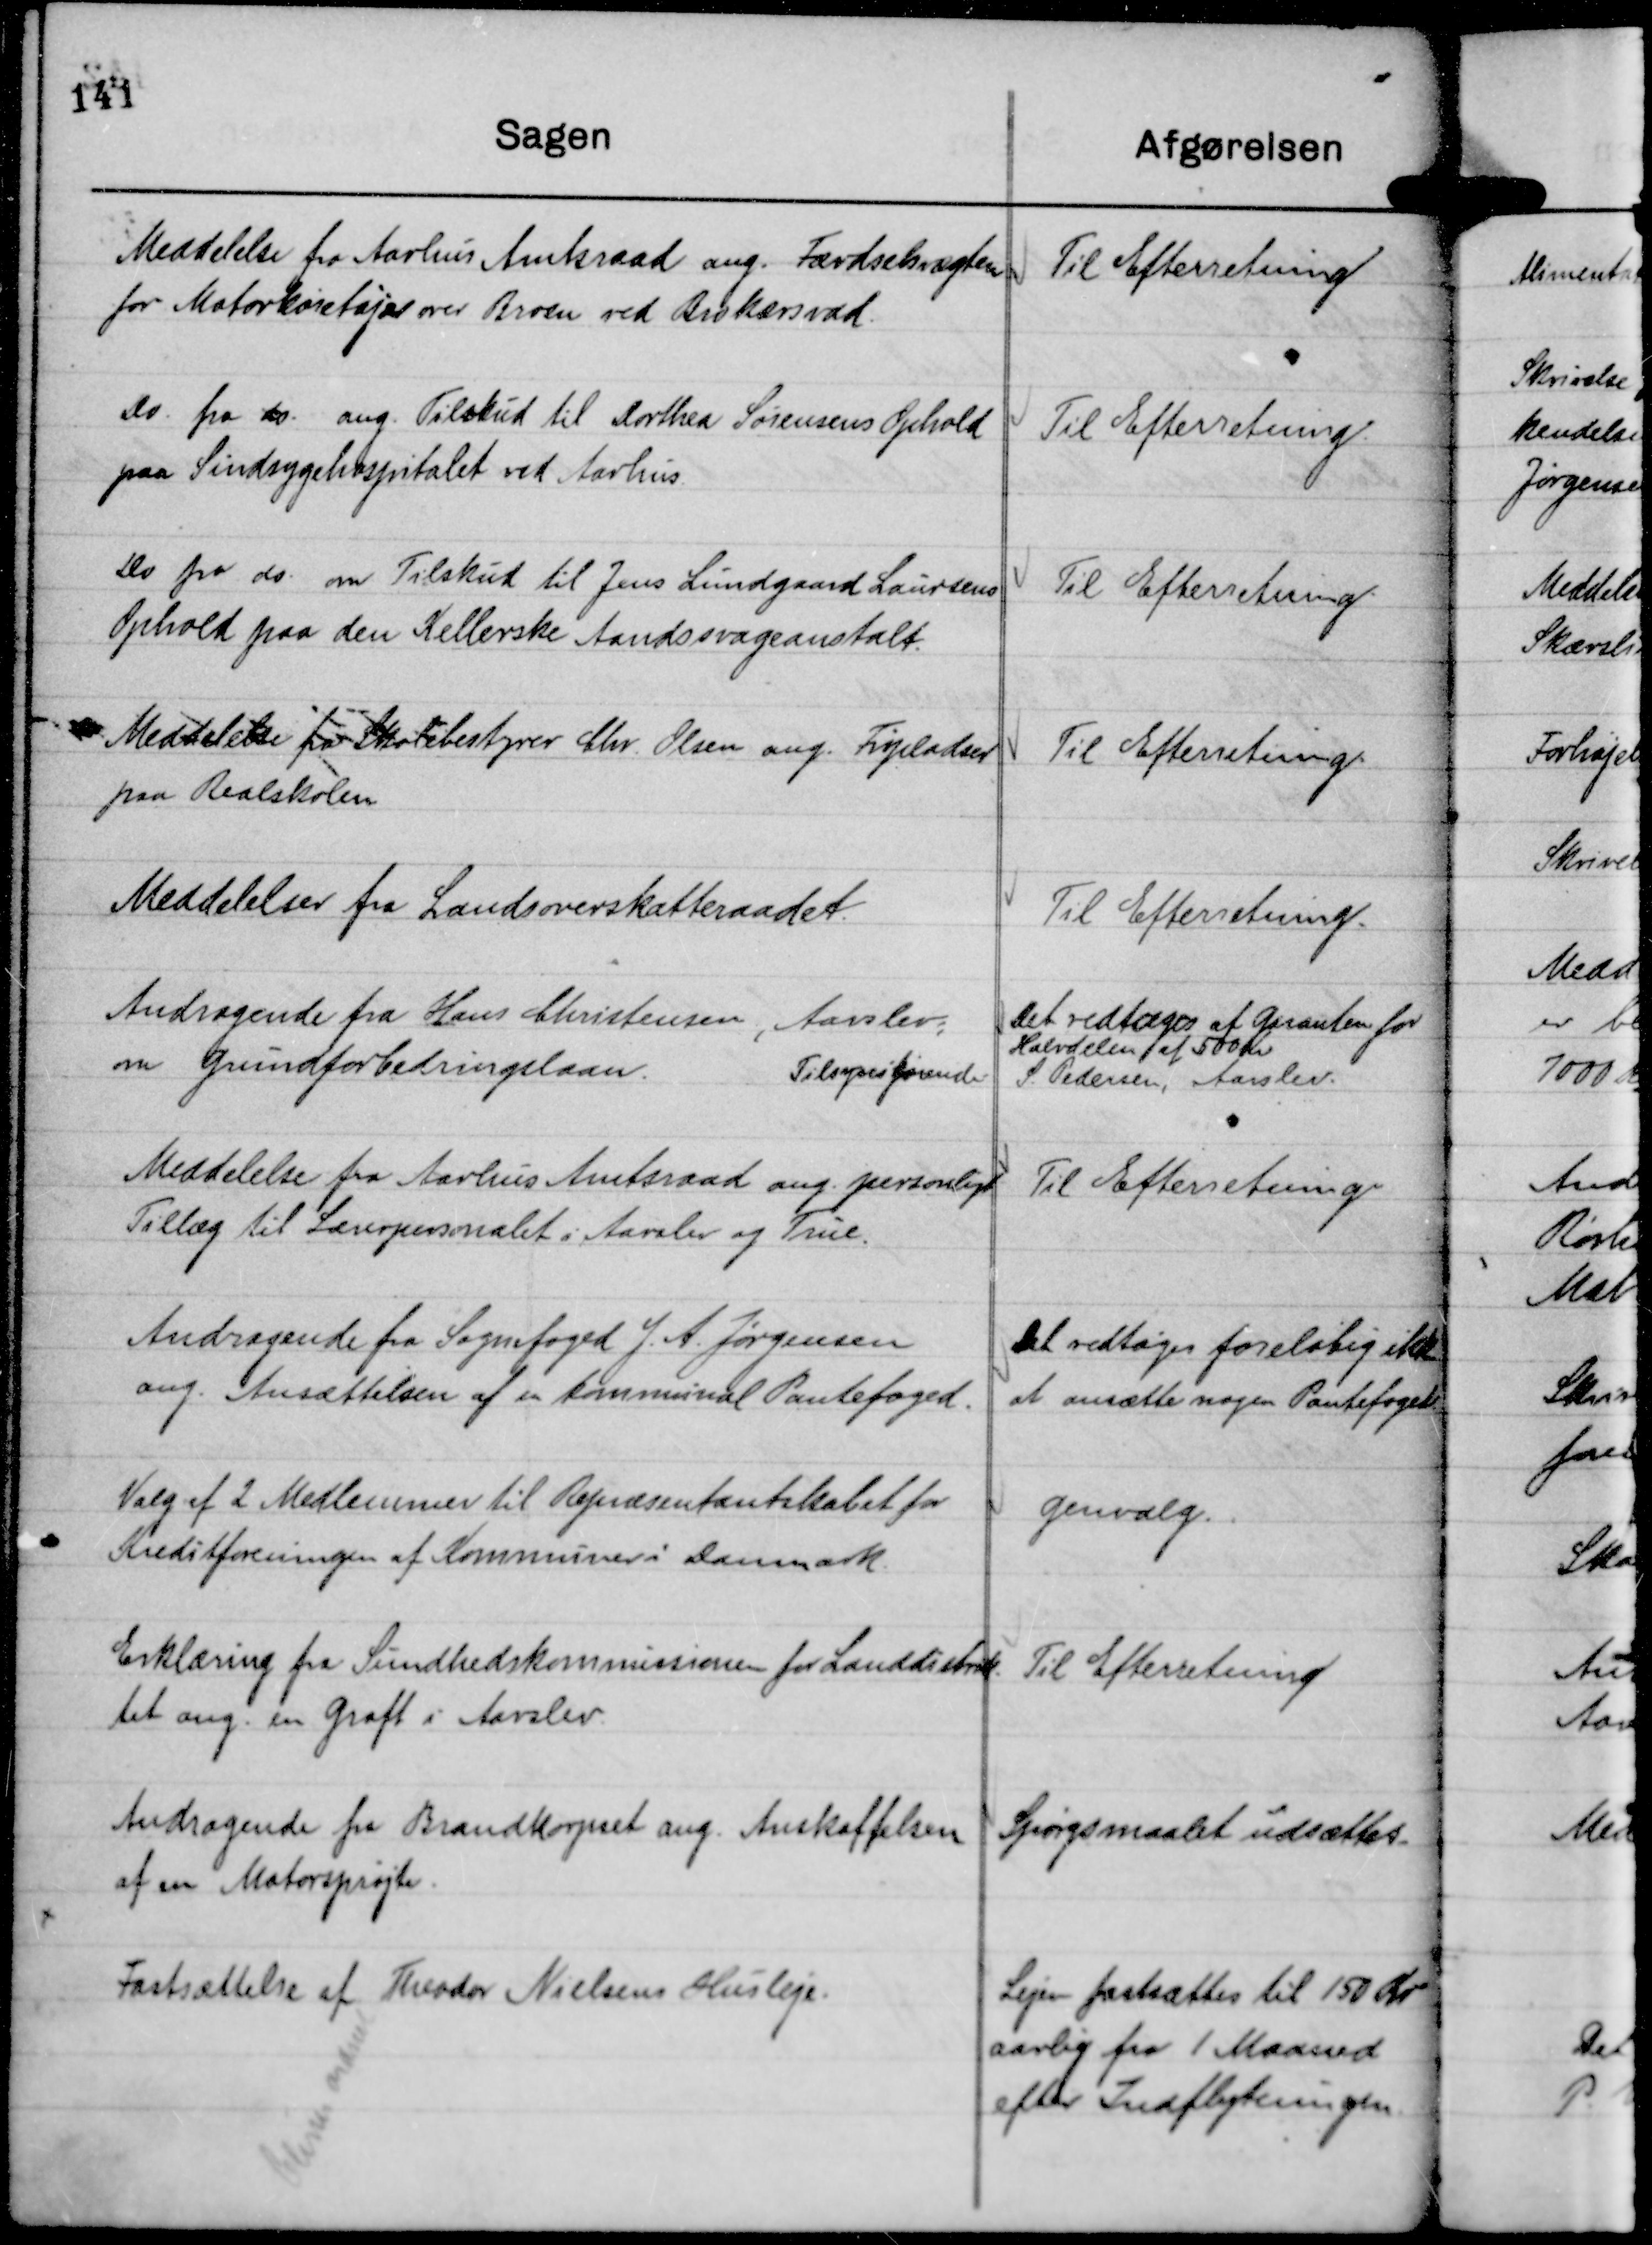
Transskription:
Meddelelse fra Aarhus Amtsraad ang. Færdselsvægten
for Motorkøretøjer over Broen ved Brokærsvad.

Til Efterretning

Do. fra do. ang. Tilskud til Dorthea Sørensens Ophold
paa Sindsygehospitalet ved Aarhus.

Til Efterretning.

Do fra do. om Tilskud til Jens Lundgaard Laursens
Ophold paa den Kellerske Aandssvageanstalt.

Til Efterretning

Meddelelse fra Skolebestyrer Chr. Olsen ang. Fripladser
paa Realskolen

Til Efterretning.

Meddelelser fra Landsoverskatteraadet.

Til Efterretning.

Andragende fra Hans Christensen, Aarslev;
om Grundforbedringslaan.

Det vedtages at garantere for
Halvdelen af 500 Kr

Tilsynsførende.

S. Pedersen, Aarslev.

Meddelelse fra Aarhus Amtsraad ang. personligt
Tillæg til Lærerpersonalet i Aarslev og True.

Til Efterretning

Andragende fra Sognefoged J. A. Jørgensen
ang. Ansættelsen af en kommunal Pantefoged.

Det vedtages foreløbig ikke
at ansætte nogen Pantefoged

Valg af 2 Medlemmer til Repræsentantskabet for
Kreditforeningen af Kommuner i Danmark.

genvalg.

Erklæring fra Sundhedskommissionen for Landdistrik-
tet ang. en Grøft i Aarslev.

Til Efterretning

Andragende fra Brandkorpset ang. Anskaffelsen
af en Motorsprøjte.

Spørgsmaalet udsættes.

Fastsættelse af Theodor Nielsens Husleje.
bliver ændret

Lejen fastsættes til 150 Kr
aarlig fra 1 Maaned
efter Indflytningen.